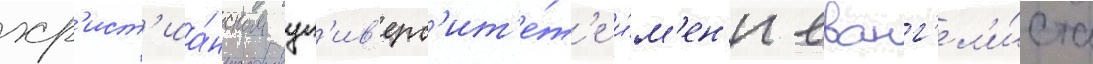
хр'ист'иа́нском ун'ив'ерс'ит'е́т'е и́м'ен'и еванг'ел'и́ста